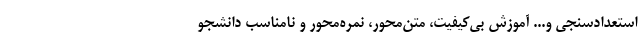
استعداد‌سنجی و... آموزش بی‌کیفیت، متن‌محور، نمره‌محور و نامناسب دانشجو